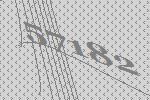
57182